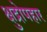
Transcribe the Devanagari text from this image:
क्षुद्रोपहार